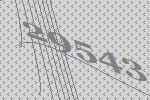
29543